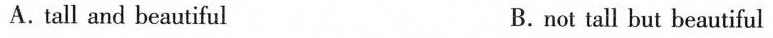
A.tall and beautiful B.not tall but beautiful